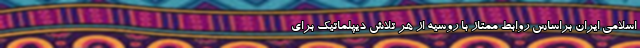
اسلامی ایران براساس روابط ممتاز با روسیه از هر تلاش دیپلماتیک برای